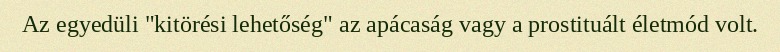
Az egyedüli "kitörési lehetőség" az apácaság vagy a prostituált életmód volt.